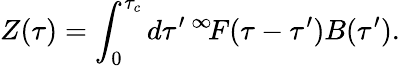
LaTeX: Z(\tau)=\int_{0}^{\tau_{c}}d\tau^{\prime}{\, ^{\infty}\! F}(\tau-\tau^{\prime})B(\tau^{\prime}).